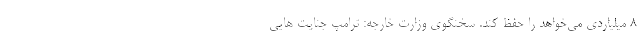
8 میلیاردی می‌خواهد را حفظ کند. سخنگوی وزارت خارجه: ترامپ جنایت هایی